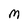
Character: M